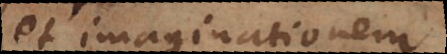
et imaginationem